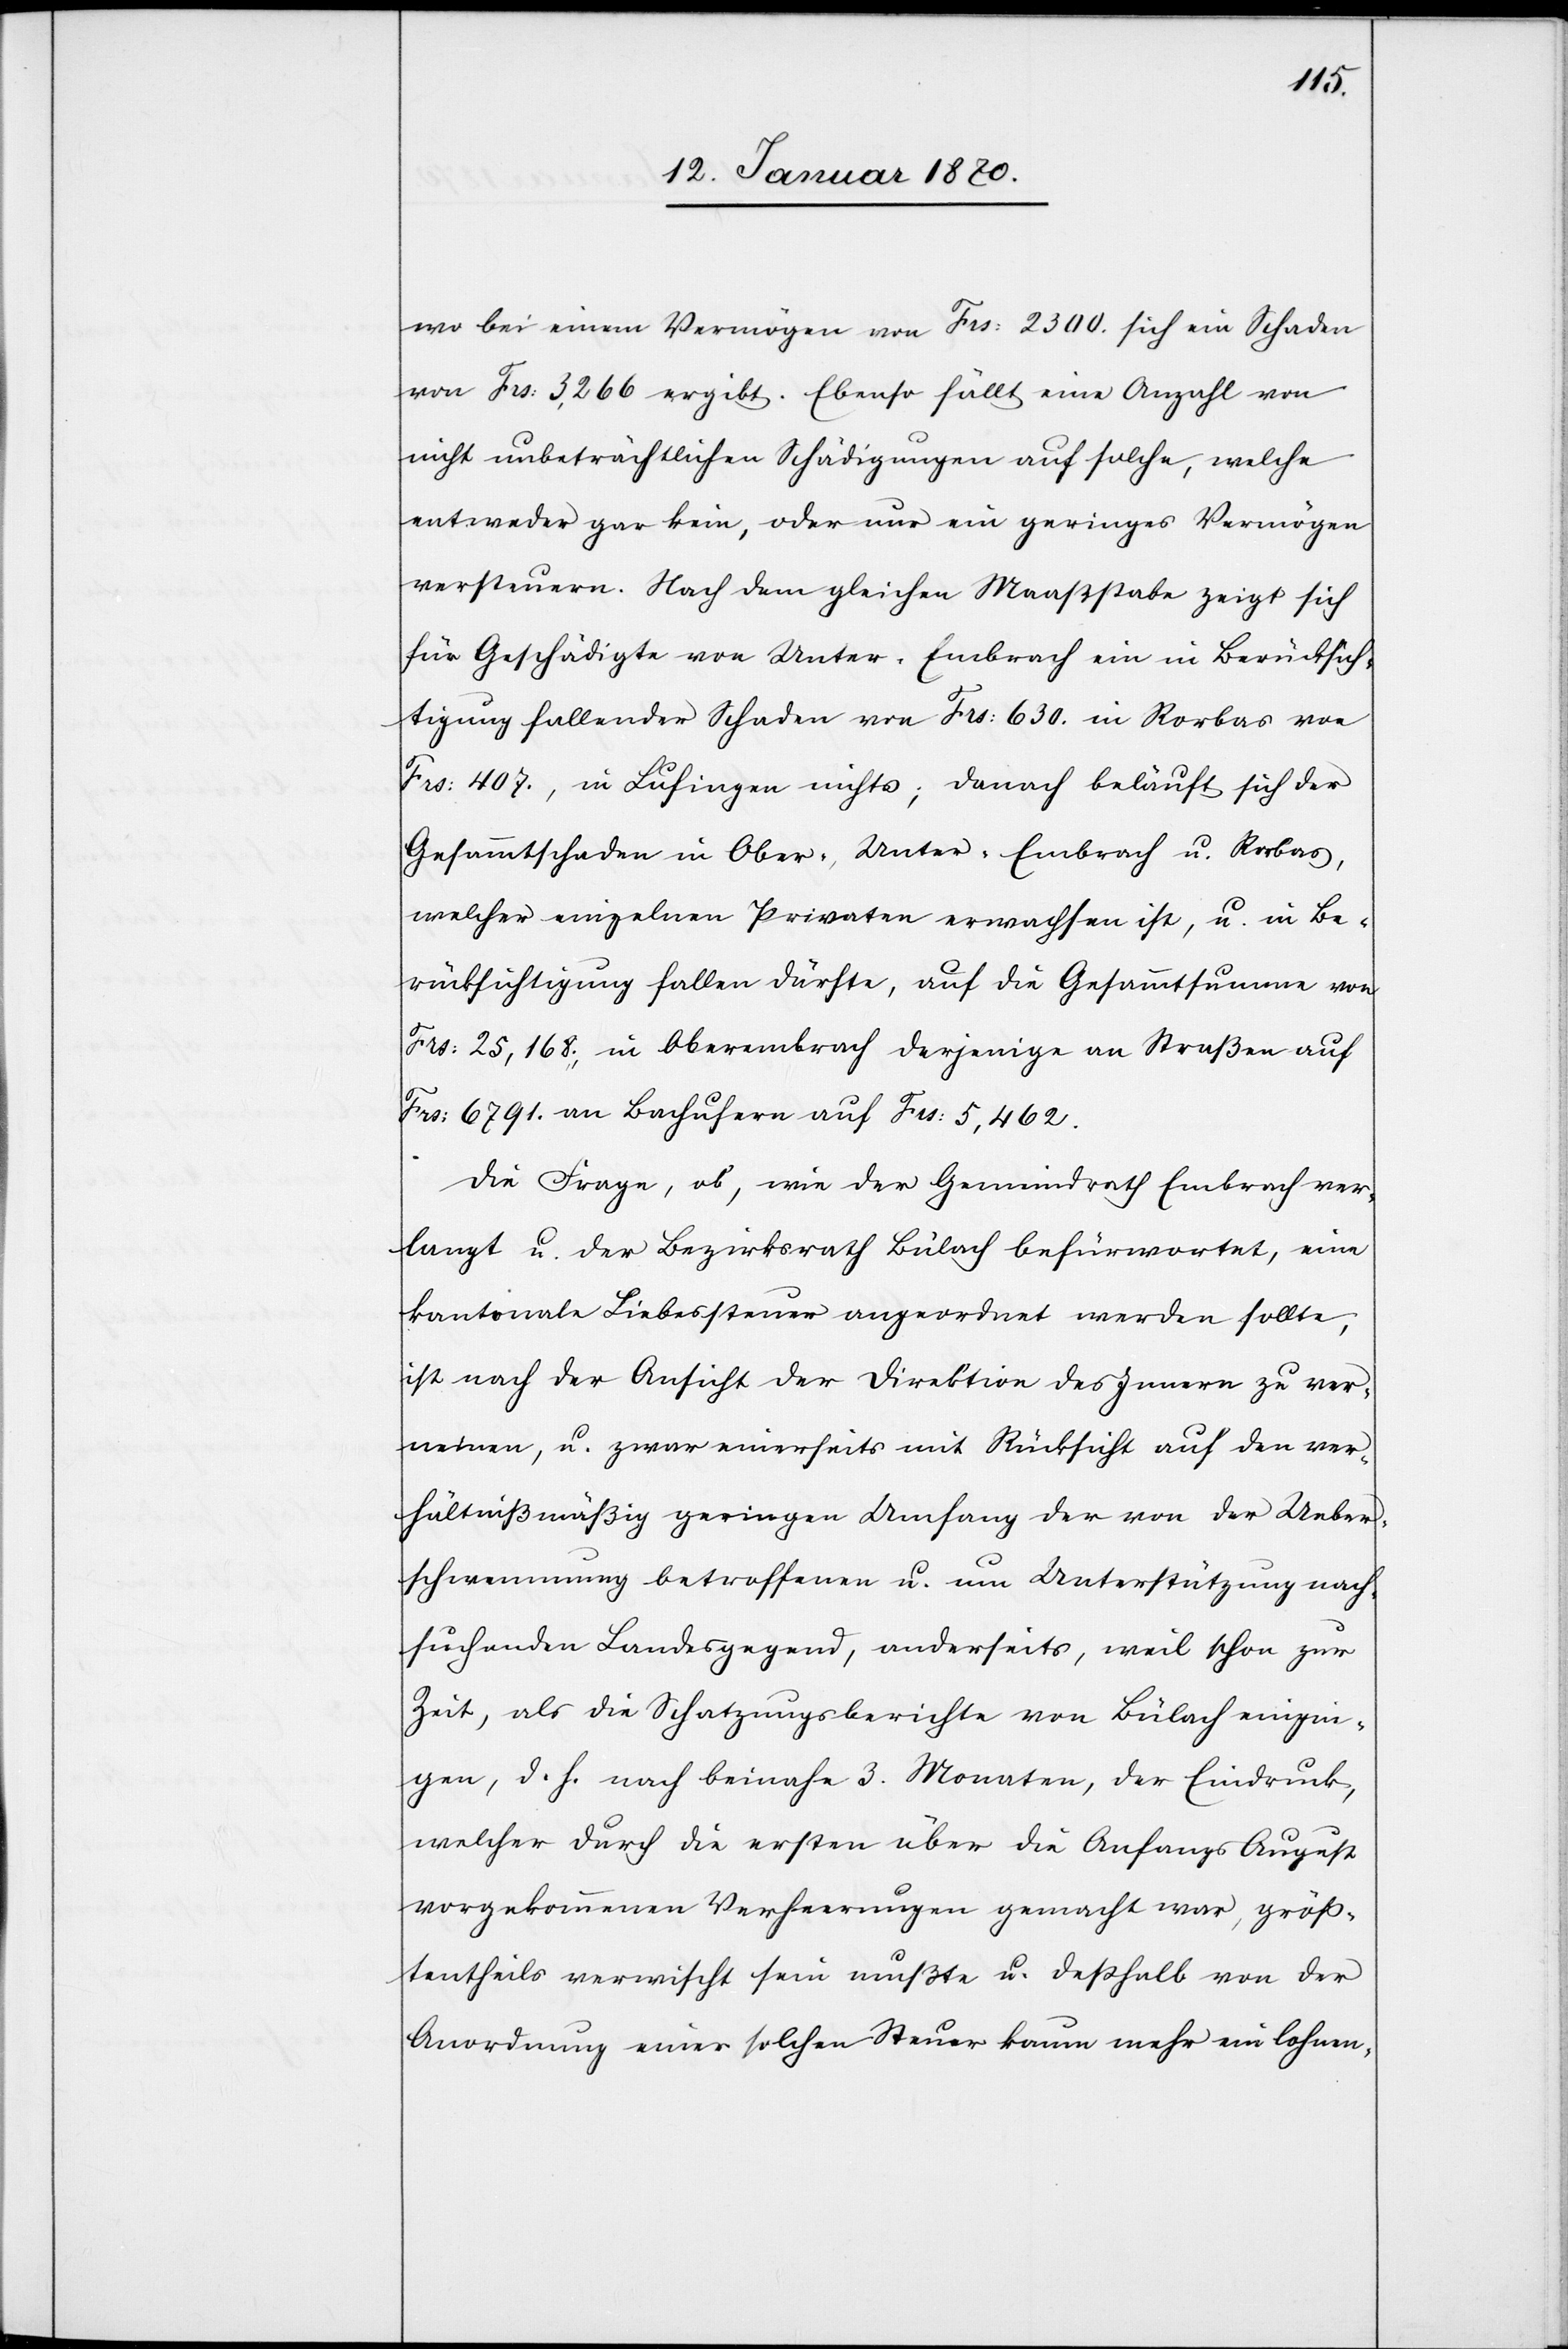
wo bei einem Vermögen von Frs: 2300. sich ein Schaden
von Frs: 3,266 ergibt. Ebenso fällt eine Anzahl von
nicht unbeträchtlichen Schädigungen auf solche, welche
entweder gar kein, oder nur ein geringes Vermögen
versteuern. Nach dem gleichen Maaßstabe zeigt sich
für Geschädigte von Unter-Embrach ein in Berücksich¬
tigung fallender Schaden von Frs: 630. in Rorbas von
Frs: 407., in Lufingen nichts; danach beläuft sich der
Gesammtschaden in Ober-, Unter-Embrach u. Rorbas,
welcher einzelnen Privaten erwachsen ist, u. in Be¬
rücksichtigung fallen dürfte, auf die Gesammtsumme von
Frs: 25,168., in Oberembrach derjenige an Straßen auf
Frs: 6791. an Bachufern auf Frs: 5,462.
Die Frage, ob, wie der Gemeindrath Embrach ver¬
langt u. der Bezirksrath Bülach befürwortet, eine
kantonale Liebessteuer angeordnet werden sollte,
ist nach der Ansicht der Direktion des Innern zu ver¬
neinen, u. zwar einerseits mit Rücksicht auf den ver¬
hältnißmäßig geringen Umfang der von der Ueber¬
schwemmung betroffenen u. um Unterstützung nach¬
suchenden Landesgegend, anderseits, weil schon zur
Zeit, als die Schatzungsberichte von Bülach eingin¬
gen, d. h. nach beinahe 3. Monaten, der Eindruck,
welcher durch die ersten über die Anfangs August
vorgekommenen Verheerungen gemacht war, größ¬
tentheils verwischt sein mußte u. deßhalb von der
Anordnung einer solchen Steuer kaum mehr ein lohnen-